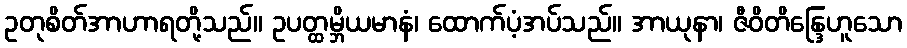
ဥတုစိတ်အာဟာရတို့သည်။ ဥပတ္ထမ္ဘိယမာနံ၊ ထောက်ပံ့အပ်သည်။ အာယုနာ၊ ဇီဝိတိန္ဒြေဟူသော